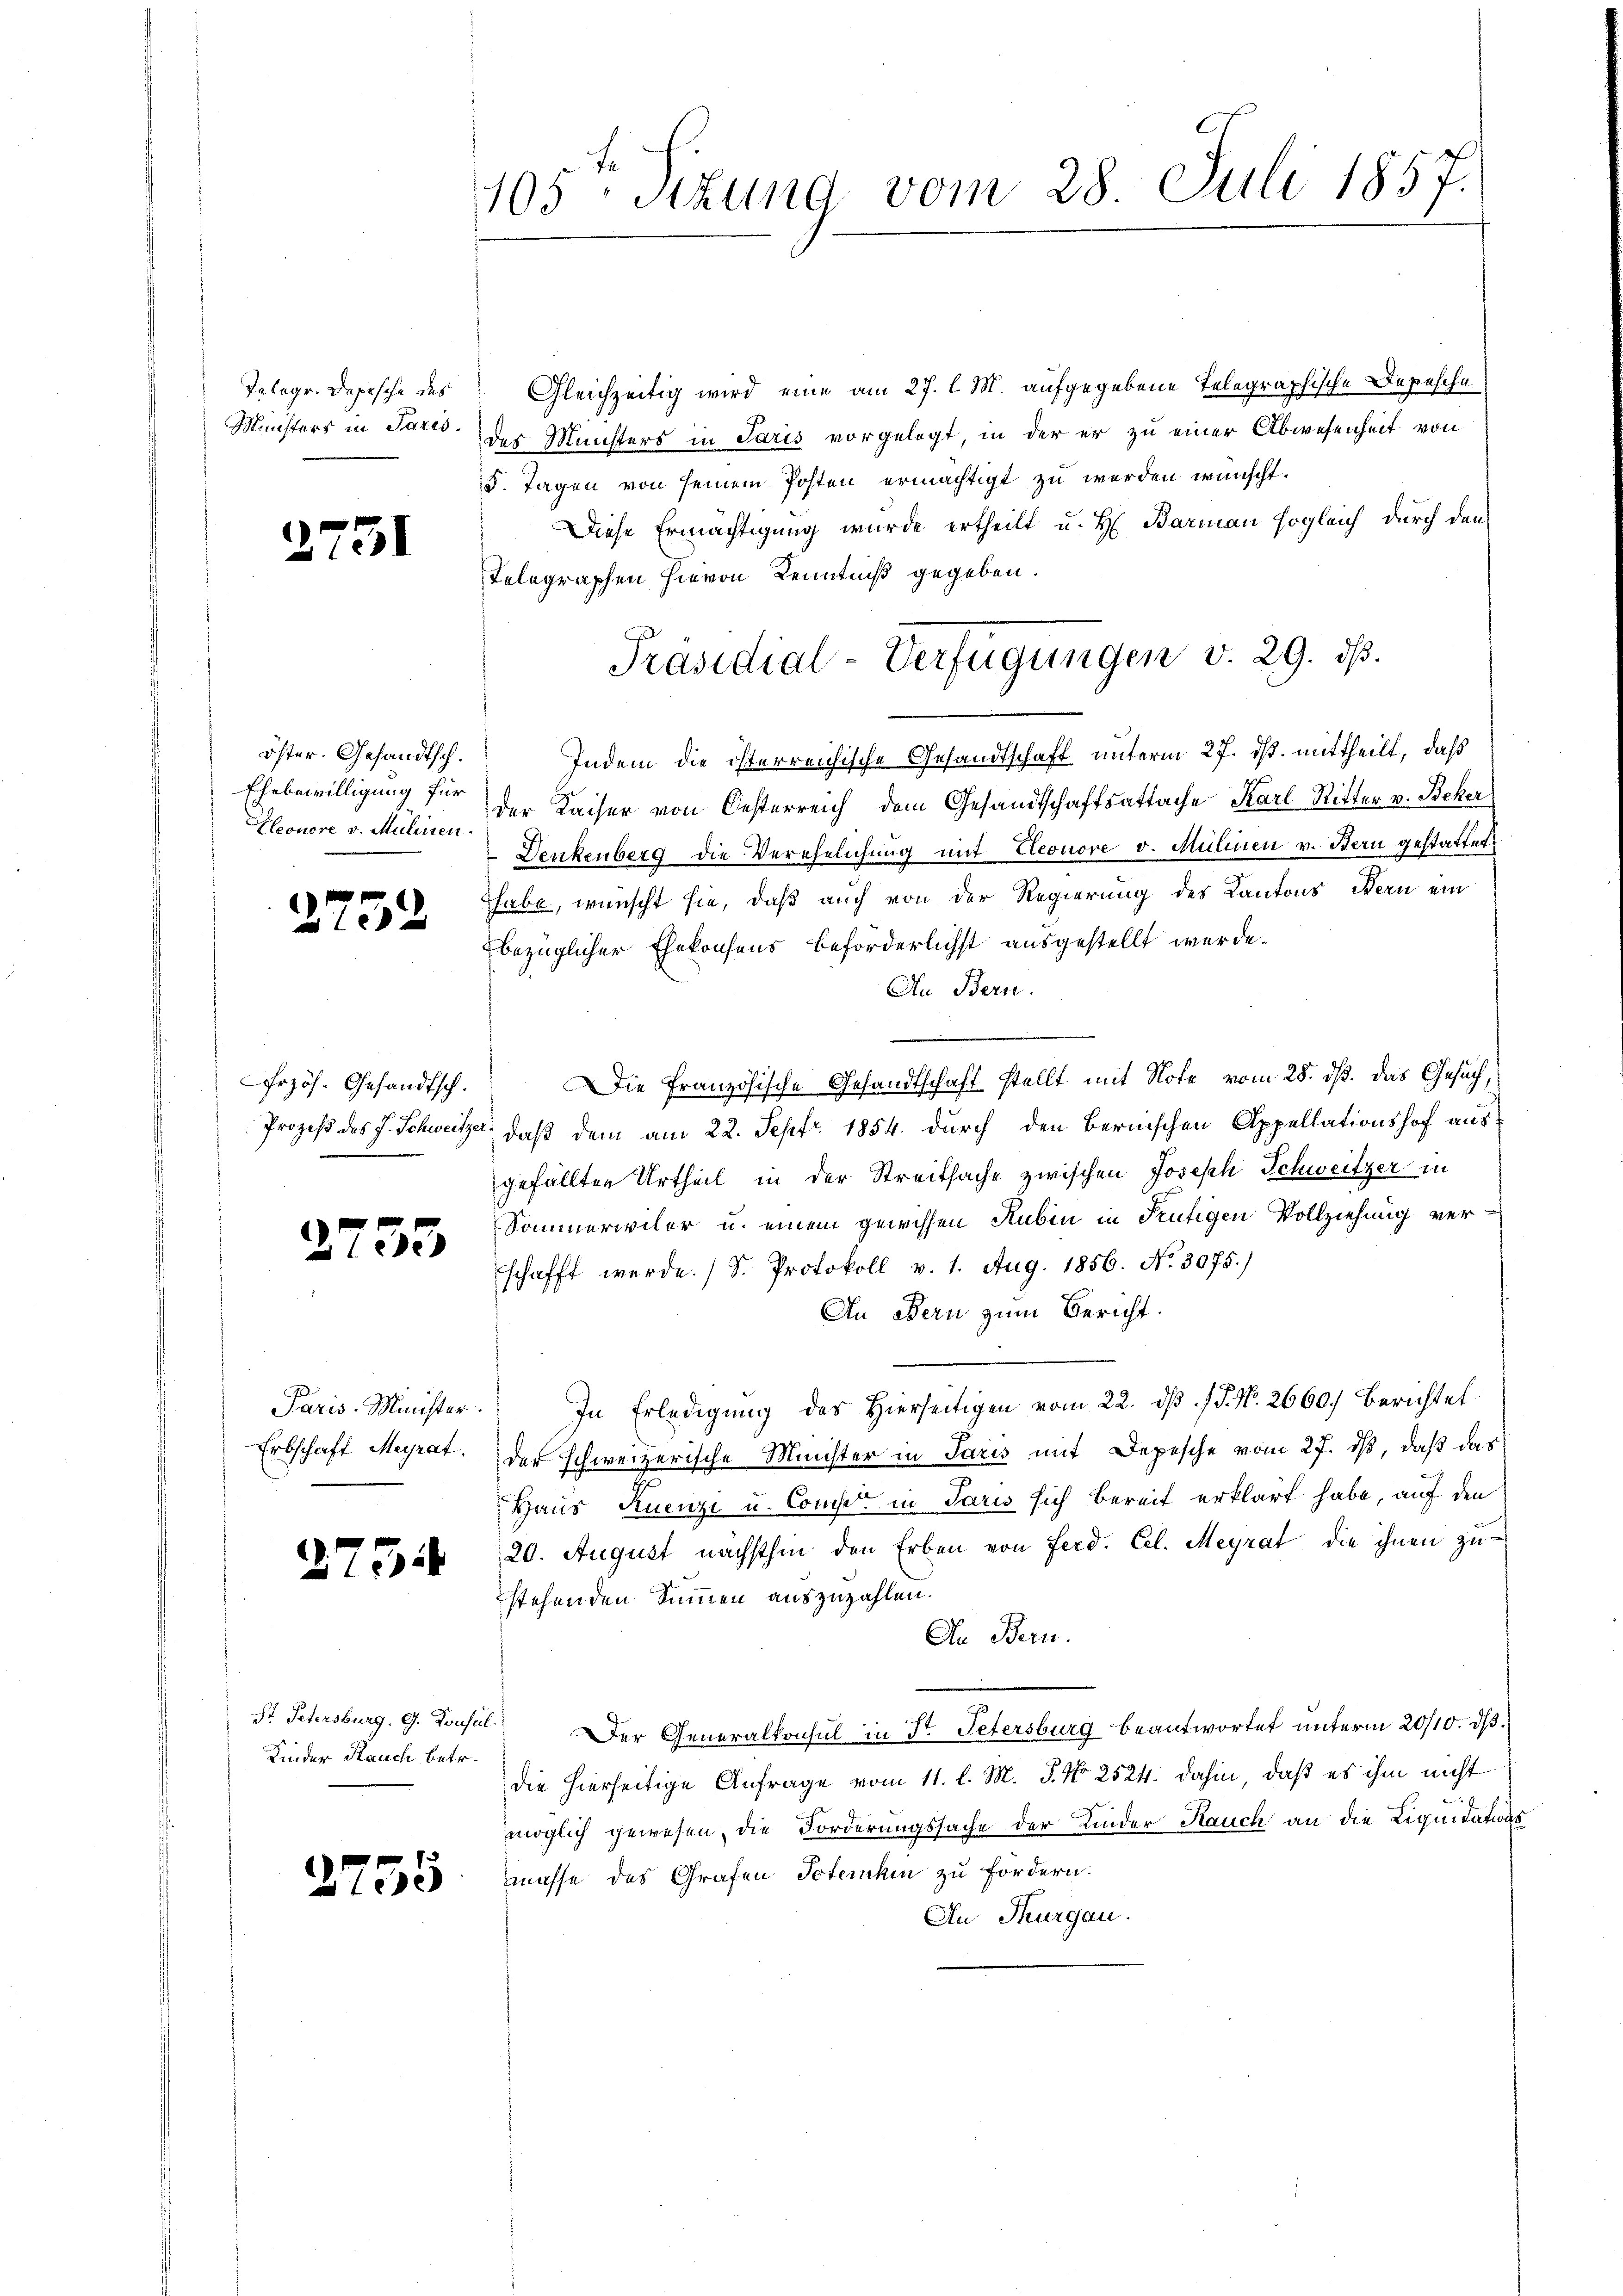
Telegr. Depesche des
Müsters in Paris.

2751

öster. Gesandtsch.
Ehebewilligung für
Eleonore v. Mülinen.

2752

Erzös. Gesandtsch.

2755

Paris Minister.
Erbschaft Meyrat.

2754

Kinder Rauch betr.

2755

105 sizung vom 28. Juli 1857.

Gleichzeitig wird eine am 27. l. M. aufgegebene Telegraphische Depesche
des Münsters in Paris vorgelegt, in der er zu einer Abwesenheit von
5. Tagen von seinem Posten ermächtigt zu werden wünscht.
Diese Ermächtigung wurde ertheilt u. H. Barmann sogleich durch den
Telegraphen hievon Kenntniß gegeben.
Indem die österreichische Gesandtschaft unterm 27. ds. mittheilt, daß
der Kaiser von Oesterreich dem Gesandtschaftsattache Karl Ritter v. Becker.
Denkenberg die Verehelichung mit Eleonore v. Mülinen v. Bern gestattet,
Thabe, wünscht sie, daß auch von der Regierung des Kantons Bern ein
bezüglicher Ehekonsens beförderlichst ausgestellt werde.
An Bern.
Die Französische Gesandtschaft stellt mit Note vom 25. dß. Das Gesuch,
Prozeß des J. Schweitzer, daß dem am 22. Sepfr. 1854. durch den Bernischen Appellationshof ausgefällten Urtheil in der Streitsache zwischen Joseph Schweitzer in
Sommerwiler u. einem gewissen Rubin in Feutigen Vollziehung verschafft werde. (S. Protokoll v. 1. Aug. 1856. No. 3075.)
An Bern zum Bericht.
In Erledigung des Hierseitigen vom 22. ds P. Nr. 2660. Berichtet
der schweizerische Minister in Paris mit Depesche vom 27. ds, daß das
Haus Ruenzi u. Comp. in Paris sich bereit erklärt habe, auf den
20. August nächsthin den Erben von Ferd. Cel. Meyrat, die ihnen zu
stehenden Summen auszuzahlen.
An Bern.
St. Petersburg. G. Konsul Der Generalkonsul in Str. Petersburg beantwortet unterm 20/10. dβ.
die hierseitige Anfrage vom 11. l. M. J. No 2524. dahin, daß es ihm nicht
möglich gewesen, die Forderungssache der Kinder Rauch an die Liquidations
müsse des Grafen Toternhin zu fördern.
An Thurgau.

Präsidial-Verfügungen v. 29. ds.